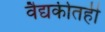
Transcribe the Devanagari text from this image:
वैद्यकीतही